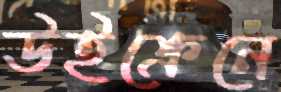
উইক্রেনে